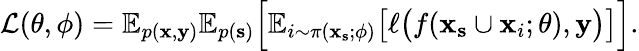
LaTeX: \mathcal{L}(\theta,\phi)=\mathbb{E}_{p({\mathbf{x}},{\mathbf{y}})}\mathbb{E}_{p({\mathbf{s}})}\Big[\mathbb{E}_{i\sim\pi({\mathbf{x}}_{\mathbf{s}};\phi)}\big[\ell\big(f({\mathbf{x}}_{{\mathbf{s}}}\cup{\mathbf{x}}_{i};\theta),{\mathbf{y}}\big)\big]\Big].